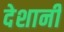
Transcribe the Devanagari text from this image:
देशानी